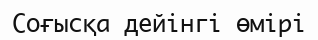
Соғысқа дейінгі өмірі